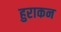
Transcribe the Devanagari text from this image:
हुराकन